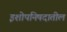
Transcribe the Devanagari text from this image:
इशोपनिषदातील